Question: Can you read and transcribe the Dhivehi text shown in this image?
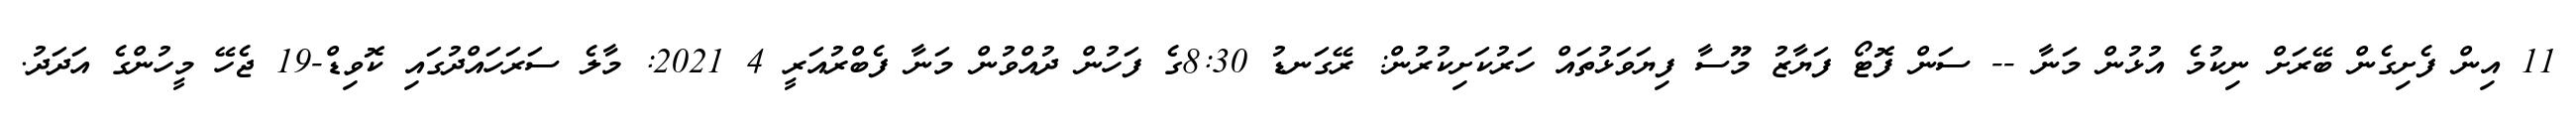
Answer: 11 އިން ފެށިގެން ބޭރަށް ނިކުމެ އުޅުން މަނާ -- ސަން ފޮޓޯ ފަޔާޒު މޫސާ ފިޔަވަޅުތައް ހަރުކަށިކުރުން: ރޭގަނޑު 8:30ގެ ފަހުން ދުއްވުން މަނާ ފެބްރުއަރީ 4 2021: މާލެ ސަރަހައްދުގައި ކޮވިޑް-19 ޖެހޭ މީހުންގެ އަދަދު.